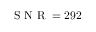
\mathrm { ~ S ~ N ~ R ~ } = 2 9 2